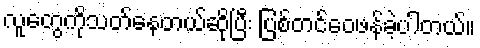
လူတွေကိုသတ်နေတယ်ဆိုပြီး ပြစ်တင်ဝေဖန်ခဲ့ပါတယ်။